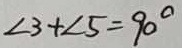
\angle 3 + \angle 5 = 9 0 ^ { \circ }